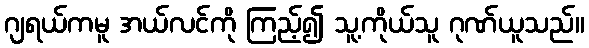
ဂျရယ်ကမူ အယ်လင်ကို ကြည့်၍ သူ့ကိုယ်သူ ဂုဏ်ယူသည်။